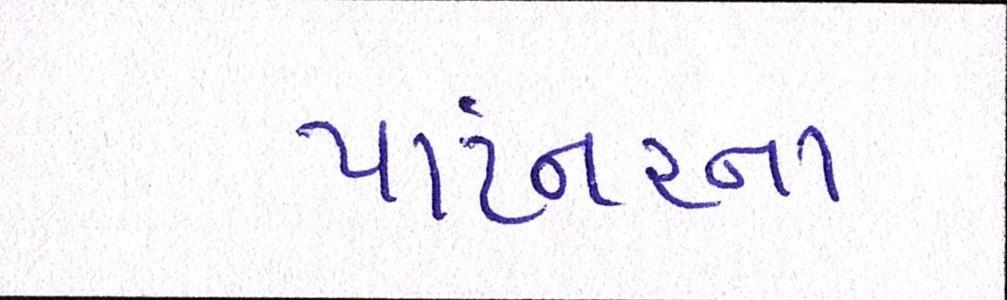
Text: પાર્ટનરના